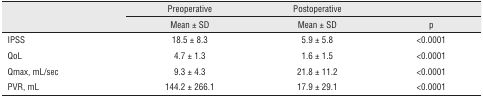
<table><thead><tr><td>[EMPTY_CELL]</td><td><b>Preoperative</b></td><td><b>Postoperative</b></td><td>[EMPTY_CELL]</td></tr><tr><td>[EMPTY_CELL]</td><td><b>Mean ± SD</b></td><td><b>Mean ± SD</b></td><td><b>p</b></td></tr></thead><tbody><tr><td>IPSS</td><td>18.5 ±8.3</td><td>5.9 ± 5.8</td><td>&lt;0.0001</td></tr><tr><td>QoL</td><td>4.7 ±1.3</td><td>1.6 ±1.5</td><td>&lt;0.0001</td></tr><tr><td>Qmax, mL/sec</td><td>9.3 ±4.3</td><td>21.8 ±11.2</td><td>&lt;0.0001</td></tr><tr><td>PVR, mL</td><td>144.2 ±266.1</td><td>17.9 ±29.1</td><td>&lt;0.0001</td></tr></tbody></table>